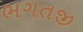
ભગતજી